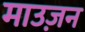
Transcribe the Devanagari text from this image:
माउज़न